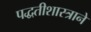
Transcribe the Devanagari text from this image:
पद्धतीशास्त्राने